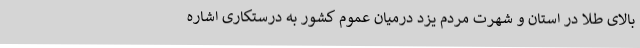
بالای طلا در استان و شهرت مردم یزد درمیان عموم کشور به درستکاری اشاره